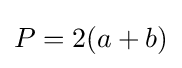
\displaystyle P=2(a+b)